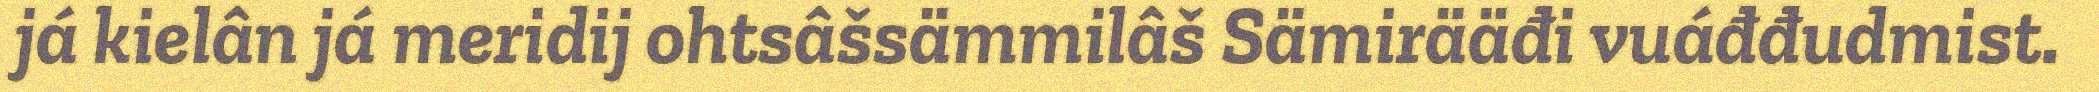
já kielân já meridij ohtsâšsämmilâš Sämirääđi vuáđđudmist.